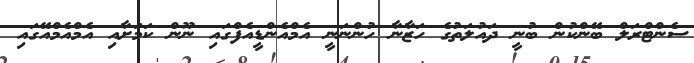
ސެންޓްރަލް ބޭންކުން ބުނީ ދައުލަތުގެ ހަޒާނާ ހުންނަނީ އެމްއެންޑީއެފްގައި ނޫން ކަމަށާއި އެމްއެމްއޭގައި